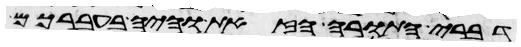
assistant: דברי התורה הזאת והיה בעברכם